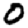
Digit: 0